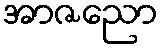
အာဇညော